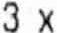
3 X